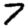
Digit: 7